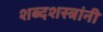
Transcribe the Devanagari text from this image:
शब्दशस्त्रांनी